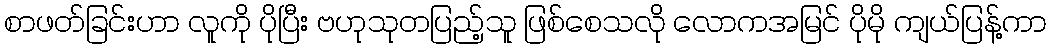
စာဖတ်ခြင်းဟာ လူကို ပိုပြီး ဗဟုသုတပြည့်သူ ဖြစ်စေသလို လောကအမြင် ပိုမို ကျယ်ပြန့်ကာ